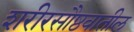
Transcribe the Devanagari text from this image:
शरीरसौष्ठवातील